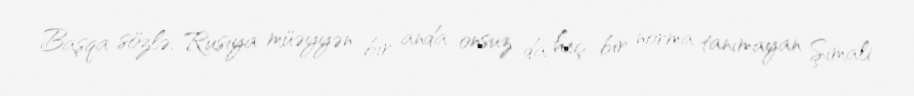
Başqa sözlə, Rusiya müəyyən bir anda onsuz da heç bir norma tanımayan Şimali